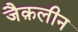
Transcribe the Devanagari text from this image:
जैक़लीन